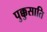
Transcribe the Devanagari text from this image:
पुक्कुसाति